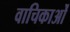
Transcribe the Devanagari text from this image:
वाचिकाओं